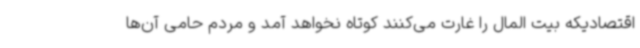
اقتصادیکه بیت المال را غارت می‌کنند کوتاه نخواهد آمد و مردم حامی آن‌ها